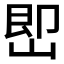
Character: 𡷦